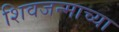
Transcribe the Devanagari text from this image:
शिवजन्माच्या